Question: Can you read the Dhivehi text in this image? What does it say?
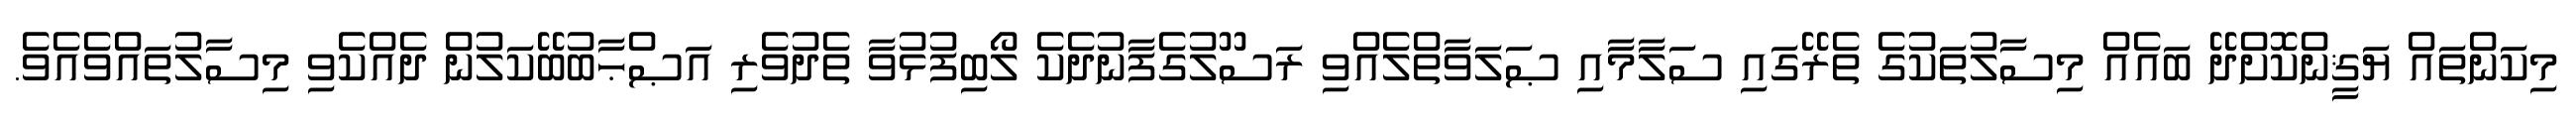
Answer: މިކަންތައް ޔަޤީންކޮށްދޭ ބައެއް މިސާލުތަކުގެ ތެރޭގައި ސަލާމާއި ޞަލަވާތްލެއްވި ރަސޫލުގެފާނުދެކެ ލޯބިފުޅުވާ ތެދުވެރި އަޞްޙާބުބޭކަލުން ދެއްކެވި މިސާލުތައްވެއެވެ.